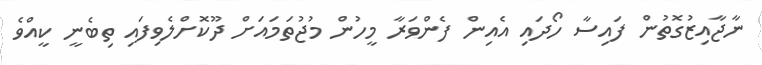
ނާޖާއިޒުގޮތުން ފައިސާ ހޯދައި އެއިން ފެންވަރާ މީހުން މުޖުތަމައަށް ދޫކޮށްލެވިފައި ތިބެނީ ކީއްވެ